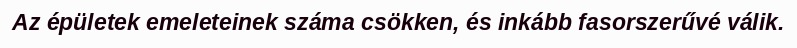
Az épületek emeleteinek száma csökken, és inkább fasorszerűvé válik.